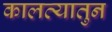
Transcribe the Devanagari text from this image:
कालव्यातुन